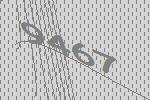
9467